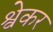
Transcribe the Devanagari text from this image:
श्वेकर